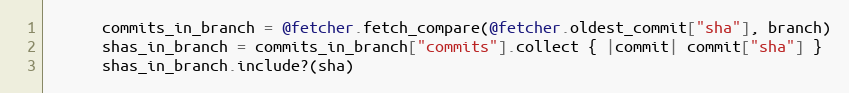
Language: Ruby
      commits_in_branch = @fetcher.fetch_compare(@fetcher.oldest_commit["sha"], branch)
      shas_in_branch = commits_in_branch["commits"].collect { |commit| commit["sha"] }
      shas_in_branch.include?(sha)